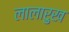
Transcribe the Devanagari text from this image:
लालारुख